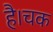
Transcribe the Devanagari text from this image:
है।चक